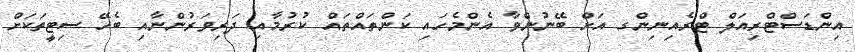
އިންޑަސްޓްރިއަލް ޓްރެއިނިންގ އަށް ބޭނުންވާ އެންމެހައި ކަންތައްތައް ކުރުމާއި ދަރިވަރުންނާއި ބެހޭ ސިޓީތަކަށް